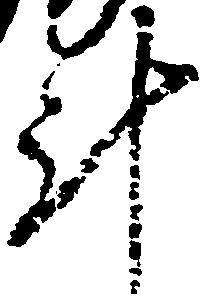
計